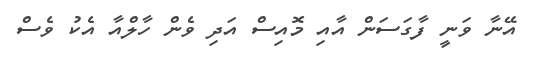
އޭނާ ވަނީ ފާގަސަން އާއި މޮއިސް އަދި ވެން ހާލްއާ އެކު ވެސް